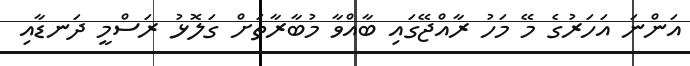
އަންނަ އަހަރުގެ މޭ މަހު ރާއްޖޭގައި ބާއްވާ މުބާރާތަށް ގަލޮޅު ރަސްމީ ދަނޑާއި